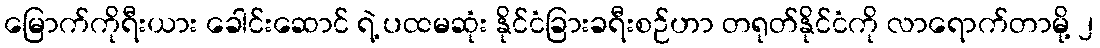
မြောက်ကိုရီးယား ခေါင်းဆောင် ရဲ့ ပထမဆုံး နိုင်ငံခြားခရီးစဉ်ဟာ တရုတ်နိုင်ငံကို လာရောက်တာမို့ ၂